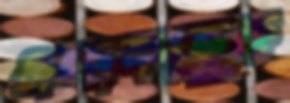
এলাকাভুক্ত